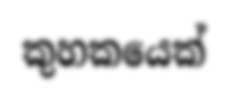
කුහකයෙක්